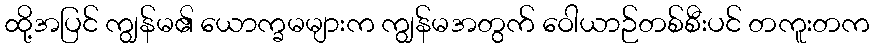
ထို့အပြင် ကျွန်မ၏ ယောက္ခမများက ကျွန်မအတွက် ဝေါယာဉ်တစ်စီးပင် တကူးတက